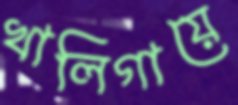
খালিগায়ে